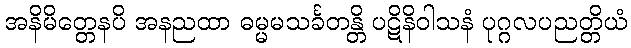
အနိမိတ္တေနပိ အနညထာ ဓမ္မမသင်္ခတန္တိ ပဋိနိဝါသနံ ပုဂ္ဂလပညတ္တိယံ